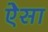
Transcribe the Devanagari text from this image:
ऐेसा